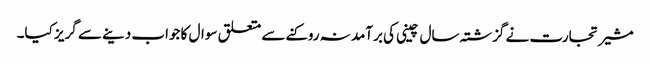
مشیر تجارت نے گزشتہ سال چینی کی برآمد نہ روکنے سے متعلق سوال کا جواب دینے سے گریز کیا۔